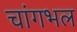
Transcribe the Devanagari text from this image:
चांगभल